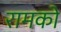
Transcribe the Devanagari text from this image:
रामको